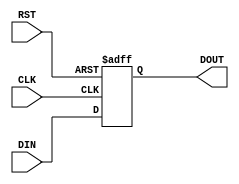
module FLIPFLOP ( DIN, RST, CLK, DOUT );
input  DIN;
input  RST;
input  CLK;
output DOUT;
   reg DOUT_reg;
   always @ ( posedge RST or posedge CLK ) begin
      if (RST)
        DOUT_reg <= 1'b0;
      else
        DOUT_reg <= #1 DIN;
   end
   assign DOUT = DOUT_reg;
endmodule